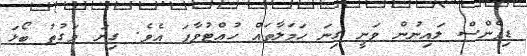
ޑިފެންސް ލައިނުން ވަނީ ގިނަ ހަމަލާތައް ހުއްޓުވާފަ އެވެ. ގިނަ ވަގުތު ބޯޅަ